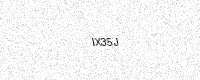
Text: IX35J